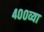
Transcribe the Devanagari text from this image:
४००व्या